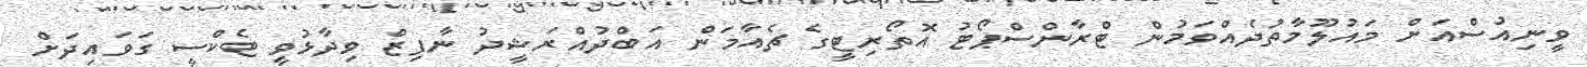
ވީނިއުސްއަށް މައުލޫމާތުދެއްވަމުން ޓްރާންސްޕޯޓު އޮތޯރިޓީގެ ޗެއާމަން އަބްދުއްރަޝީދު ނާފިޒް ވިދާޅުވީ ޓެކްސީ ގަވައިދަށް